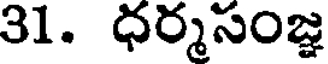
31. ధర్మసంజ్ఞ